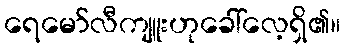
ရေမော်လီကျူးဟုခေါ်လေ့ရှိ၏။